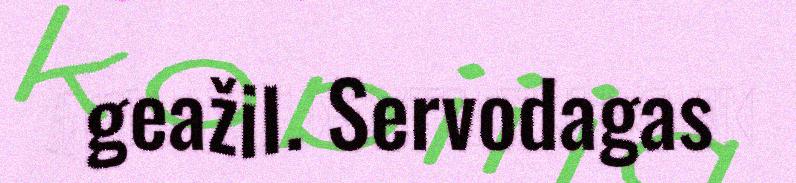
geažil. Servodagas